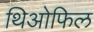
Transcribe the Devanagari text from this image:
थिओफिल